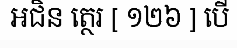
អជិន ត្ថេរ [ ១២៦ ] បើ